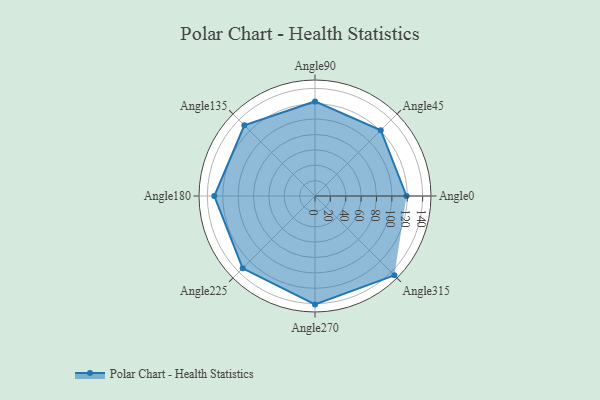
{"axis": {"x": "Angle", "y": "Radius"}, "legend": [""], "data": [{"x": "Angle0", "y": 119.0, "type": ""}, {"x": "Angle45", "y": 121.0, "type": ""}, {"x": "Angle90", "y": 123.0, "type": ""}, {"x": "Angle135", "y": 130.0, "type": ""}, {"x": "Angle180", "y": 131.0, "type": ""}, {"x": "Angle225", "y": 133.0, "type": ""}, {"x": "Angle270", "y": 141.0, "type": ""}, {"x": "Angle315", "y": 146.0, "type": ""}]}